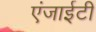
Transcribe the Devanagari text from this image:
एंजाईटी